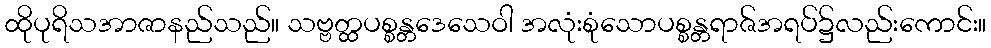
ထိုပုရိသအာဇာနည်သည်။ သဗ္ဗတ္ထပစ္စန္တဒေသေဝါ အလုံးစုံသောပစ္စန္တရာဇ်အရပ်၌လည်းကောင်း။